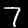
Label: 7